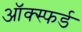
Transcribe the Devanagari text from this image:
ऑक्स्फर्ड